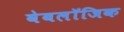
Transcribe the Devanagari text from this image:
वेबलॉजिक